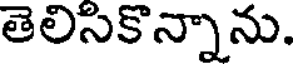
తెలిసికొన్నాను.